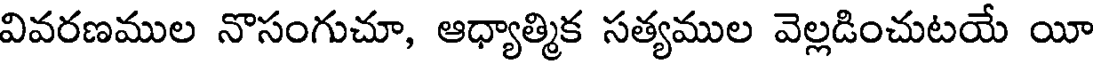
వివరణముల నొసంగుచూ, ఆధ్యాత్మిక సత్యముల వెల్లడించుటయే యీ